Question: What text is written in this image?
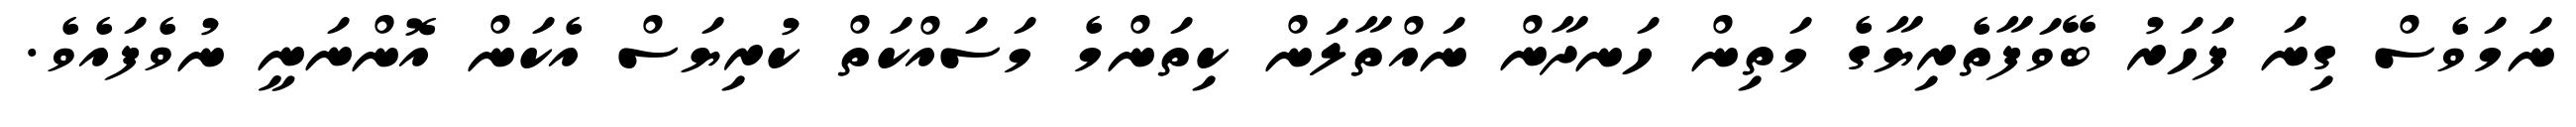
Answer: ނަމަވެސް ގިނަ ފަހަރު ބޭވަފާތެރިޔާގެ މަތިން ހަނދާން ނައްތާލަން ކިތަންމެ މަސައްކަތް ކުރިޔަސް އެކަން އޮންނަނީ ނުވެފައެވެ.